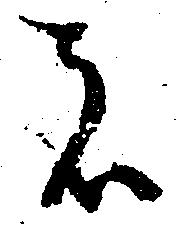
者